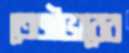
তেজীভাবের